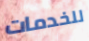
للخدمات